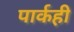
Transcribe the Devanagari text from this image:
पार्कही